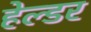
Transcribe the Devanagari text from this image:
हेल्डर